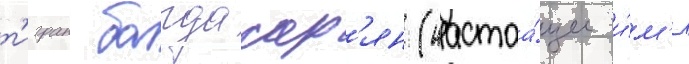
т'игран багдасар'ян (настоа́щее и́м'я